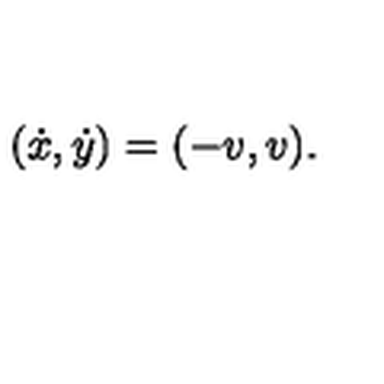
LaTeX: ( \dot { x } , \dot { y } ) = ( - v , v ) .